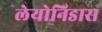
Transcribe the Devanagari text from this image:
लेयोनिडास